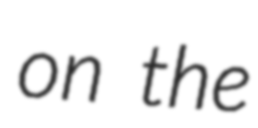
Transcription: on the